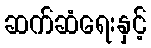
ဆက်ဆံရေးနှင့်